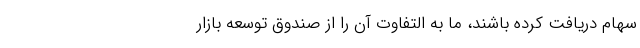
سهام دریافت کرده باشند، ما به التفاوت آن را از صندوق توسعه بازار